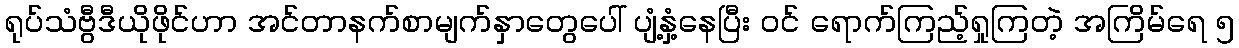
ရုပ်သံဗွီဒီယိုဖိုင်ဟာ အင်တာနက်စာမျက်နှာတွေပေါ် ပျံ့နှံ့နေပြီး ဝင် ရောက်ကြည့်ရှုကြတဲ့ အကြိမ်ရေ ၅